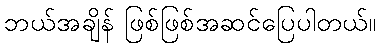
ဘယ်အချိန် ဖြစ်ဖြစ်အဆင်ပြေပါတယ်။